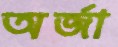
অর্জা